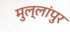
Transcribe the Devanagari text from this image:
मुल्लांपुर